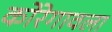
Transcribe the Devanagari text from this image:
कोरेगावला